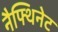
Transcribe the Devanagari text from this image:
नैफ्थिनेट